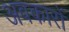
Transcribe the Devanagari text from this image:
अवकारों